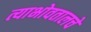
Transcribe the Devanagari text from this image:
त्याभोवतालचे